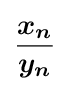
{\frac {{\boldsymbol {x_{n}}}{\vphantom {t}}}{\boldsymbol {y_{n}}}}